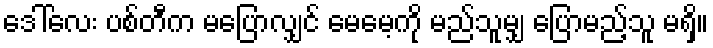
ဒေါ်လေး ပစ်တီက မပြောလျှင် မေမေ့ကို မည်သူမျှ ပြောမည့်သူ မရှိ။